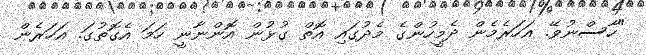
"ހާސްނުވޭ. އަހަރެމެން ދެމީހުންގެ މެދުގައި އޮތް ގުޅުން އޮންނާނީ ހަމަ އެގޮތުގަ. އަހަރެން